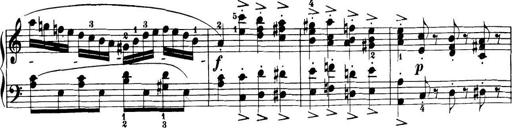
Title: 32 Sonatinas and Rondos for the Piano
Composer: Richard Kleinmichel